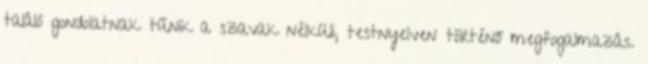
találó gondolatnak tűnik a szavak nélküli, testnyelven történő megfogalmazás.